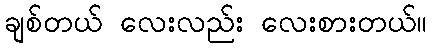
ချစ်တယ် လေးလည်း လေးစားတယ်။